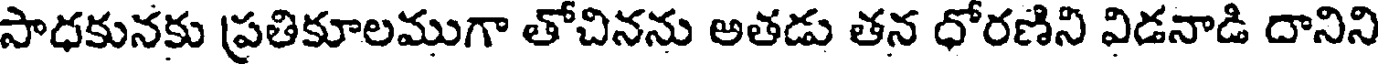
సాధకునకు ప్రతికూలముగా తోచినను అతడు తన ధోరణిని విడనాడి దానిని